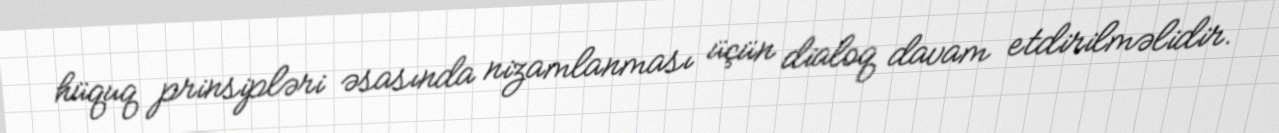
hüquq prinsipləri əsasında nizamlanması üçün dialoq davam etdirilməlidir.